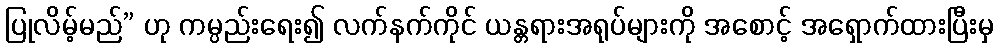
ပြုလိမ့်မည်” ဟု ကမ္ပည်းရေး၍ လက်နက်ကိုင် ယန္တရားအရုပ်များကို အစောင့် အရှောက်ထားပြီးမှ